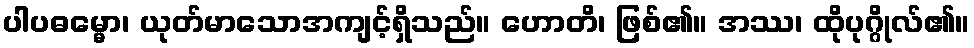
ပါပဓမ္မော၊ ယုတ်မာသောအကျင့်ရှိသည်။ ဟောတိ၊ ဖြစ်၏။ အဿ၊ ထိုပုဂ္ဂိုလ်၏။